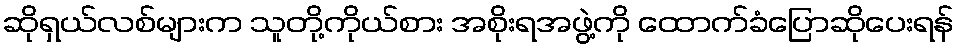
ဆိုရှယ်လစ်များက သူတို့ကိုယ်စား အစိုးရအဖွဲ့ကို ထောက်ခံပြောဆိုပေးရန်